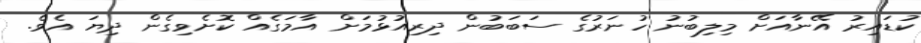
ކުޑައިރު އޭނާއަށް މިލިބުނު ހުނަރުގެ ސަބަބުން ދިރިއުޅުމަށް އާމަގެއް ކޮށެވިގެން ދިޔަ އެވެ.